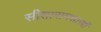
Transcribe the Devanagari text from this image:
सीतारामशास्त्रीं